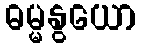
ဓမ္မနွယော